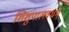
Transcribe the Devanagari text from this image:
शिशुपालवधम्